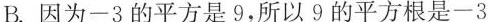
B.因为-3的平方是9，所以9的平方根是-3